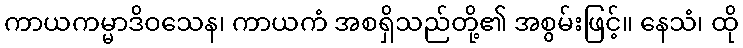
ကာယကမ္မာဒိဝသေန၊ ကာယကံ အစရှိသည်တို့၏ အစွမ်းဖြင့်။ နေသံ၊ ထို